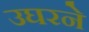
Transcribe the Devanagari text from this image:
उघरने